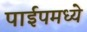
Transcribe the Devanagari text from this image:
पाईपमध्ये